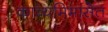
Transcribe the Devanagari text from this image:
काव्यमिमांसेत